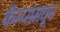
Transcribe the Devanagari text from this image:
कॅम्प्समधून